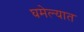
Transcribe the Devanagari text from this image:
घमेल्यात